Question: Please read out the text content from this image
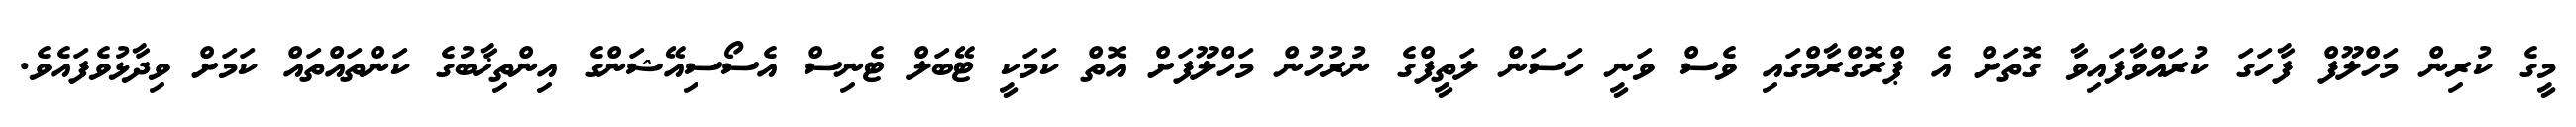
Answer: މީގެ ކުރިން މަހްލޫފް ފާހަގަ ކުރައްވާފައިވާ ގޮތަށް އެ ޕްރޮގްރާމްގައި ވެސް ވަނީ ހަސަން ލަތީފްގެ ނުރުހުން މަހްލޫފަށް އޮތް ކަމަކީ ޓޭބަލް ޓެނިސް އެސޯސިއޭޝަންގެ އިންތިޚާބުގެ ކަންތައްތައް ކަމަށް ވިދާޅުވެފައެވެ.